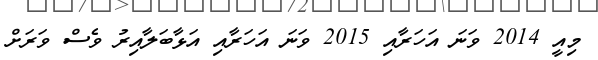
މިއީ 2014 ވަނަ އަހަރާއި 2015 ވަނަ އަހަރާއި އަޅާބަލާއިރު ވެސް ވަރަށް